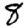
Digit: 8